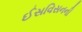
ઈસવિસનની